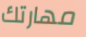
مهارتك